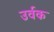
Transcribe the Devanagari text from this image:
उर्वक